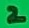
Text: 2